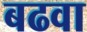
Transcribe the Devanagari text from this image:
बढवा